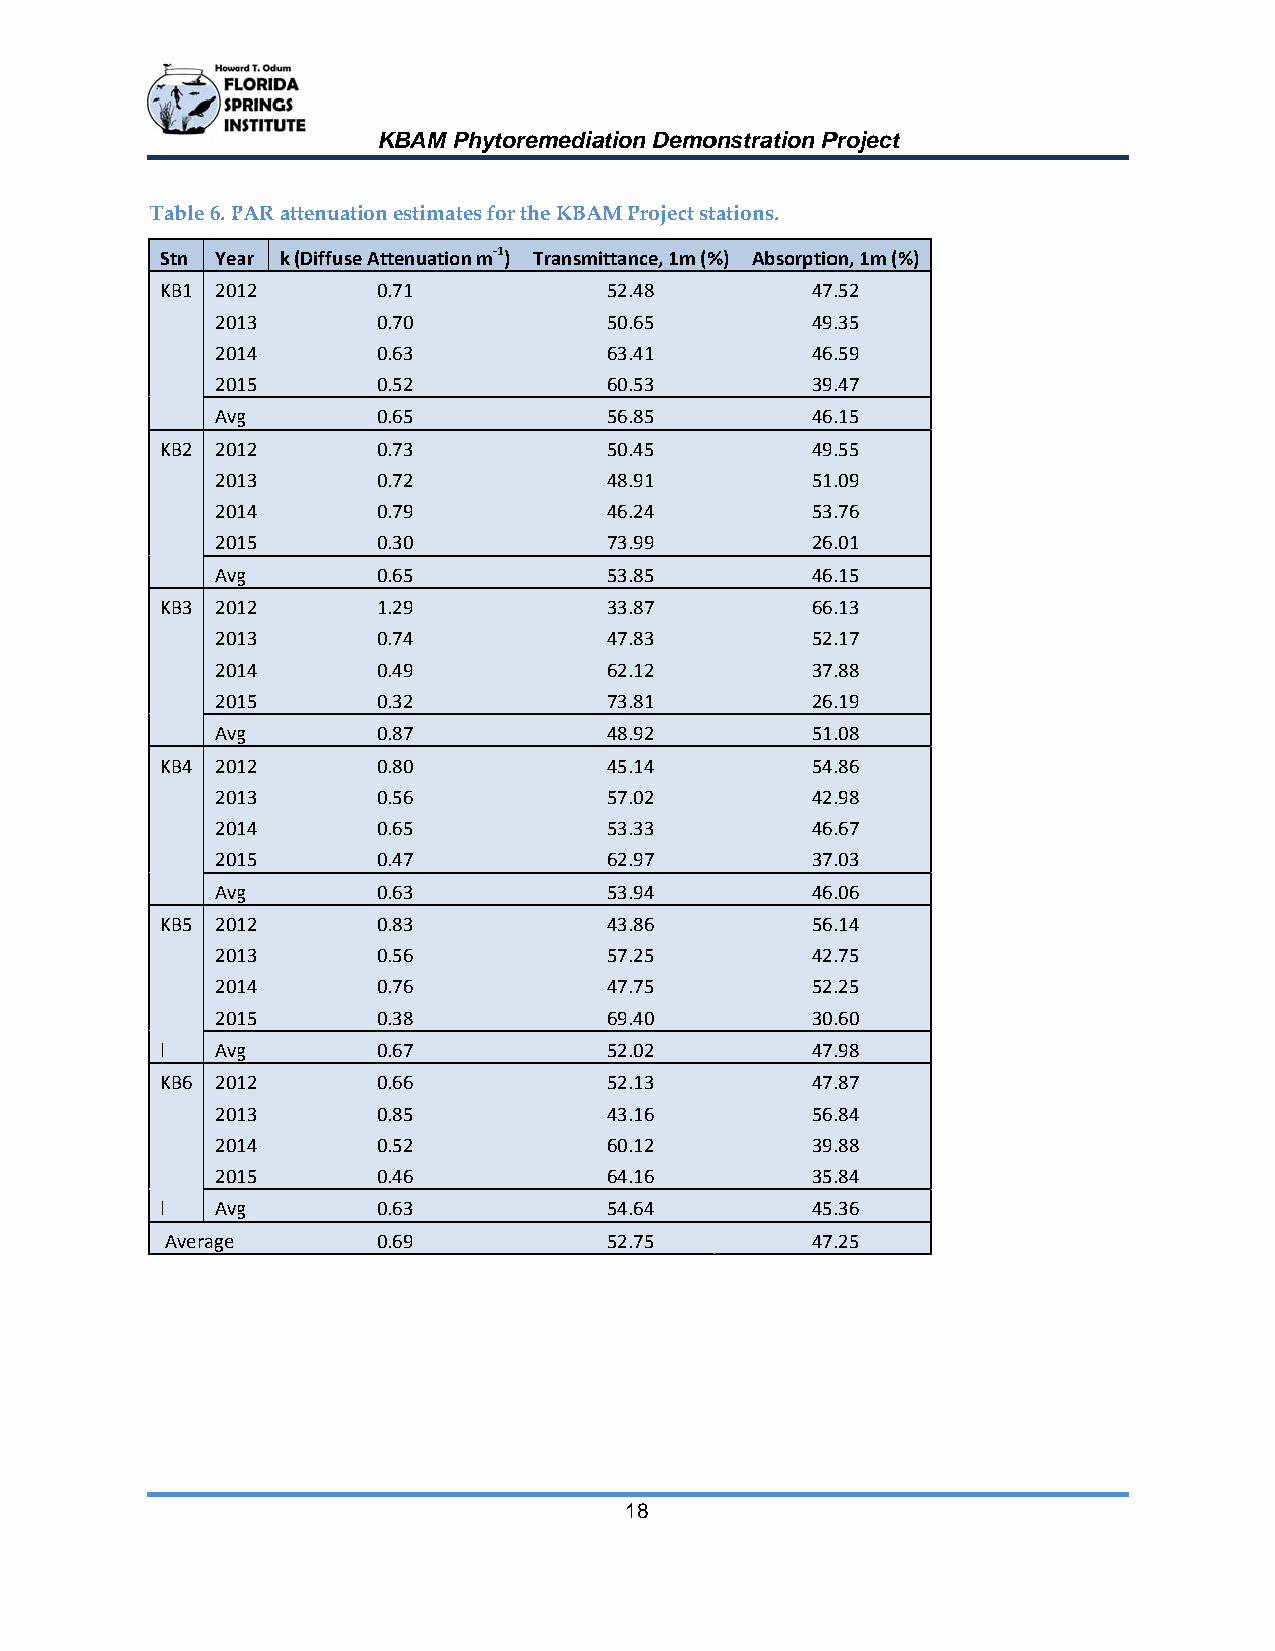
KBAM Phhytoremediaation Demoonstration PProject
 Table 6. PPAR attenuation estimatess for the KBAAM Project sttations.
 Stn Yeaar k (Diffusee Attenuation m‐1) Transmmittance, 1m (%%) Absorptioon, 1m (%)
 KB1 20112     0.71           52.48         47.52
 20113      0.70           50.65         49.35
 20114      0.63           63.41         46.59
 20115      0.52           60.53         39.47
 Avgg       0.65           56.85         46.15
 KB2 20112     0.73           50.45         49.55
 20113      0.72           48.91         51.09
 20114      0.79           46.24         53.76
 20115      0.30           73.99         26.01
 Avgg       0.65           53.85         46.15
 KB3 20112     1.29           33.87         66.13
 20113      0.74           47.83         52.17
 20114      0.49           62.12         37.88
 20115      0.32           73.81         26.19
 Avgg       0.87           48.92         51.08
 KB4 20112     0.80           45.14         54.86
 20113      0.56           57.02         42.98
 20114      0.65           53.33         46.67
 20115      0.47           62.97         37.03
 Avgg       0.63           53.94         46.06
 KB5 20112     0.83           43.86         56.14
 20113      0.56           57.25         42.75
 20114      0.76           47.75         52.25
 20115      0.38           69.40         30.60
 l  Avgg       0.67           52.02         47.98
 KB6 20112     0.66           52.13         47.87
 20113      0.85           43.16         56.84
 20114      0.52           60.12         39.88
 20115      0.46           64.16         35.84
 l  Avgg       0.63           54.64         45.36
 Average       0.69           52.75         47.25
 18